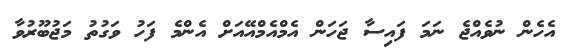
އެހެން ނުވެއްޖެ ނަމަ ފައިސާ ޖަހަން އެމްއެމްއޭއަށް އެންމެ ފަހު ވަގުތު މަޖުބޫރުވާ